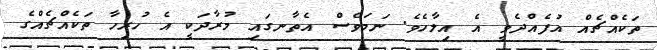
ތަކެއްޗެއް އުފެއްދެވީ އެ އިލާހެވެ. ނަމަވެސް އެތާނގައި މުރާދަކީ އެ ހުރިހާ ތަކެއްޗެއްގެ